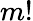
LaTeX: m!